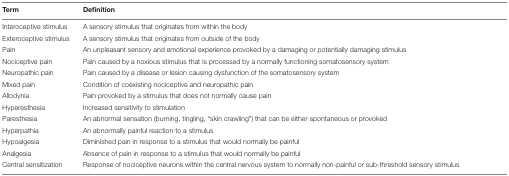
| Term | Definition |
 | --- | --- |
 | Interoceptive stimulus | A sensory stimulus that originates from within the body |
 | Exteroceptive stimulus | A sensory stimulus that originates from outside of the body |
 | Pain | An unpleasant sensory and emotional experience provoked by a damaging or potentially damaging stimulus |
 | Nociceptive pain | Pain caused by a noxious stimulus that is processed by a normally functioning somatosensory system |
 | Neuropathic pain | Pain caused by a disease or lesion causing dysfunction of the somatosensory system |
 | Mixed pain | Condition of coexisting nociceptive and neuropathic pain |
 | Allodynia | Pain provoked by a stimulus that does not normally cause pain |
 | Hyperesthesia | Increased sensitivity to stimulation |
 | Paresthesia | An abnormal sensation (burning, tingling, “skin crawling”) that can be either spontaneous or provoked |
 | Hyperpathia | An abnormally painful reaction to a stimulus |
 | Hypoalgesia | Diminished pain in response to a stimulus that would normally be painful |
 | Analgesia | Absence of pain in response to a stimulus that would normally be painful |
 | Central sensitization | Response of nociceptive neurons within the central nervous system to normally non-painful or sub-threshold sensory stimulus |